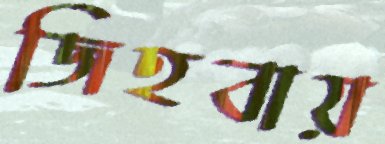
জিহবায়